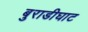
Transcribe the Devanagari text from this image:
बुराडीघाट